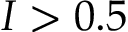
I > 0 . 5